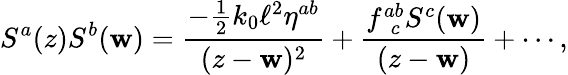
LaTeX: S^{a}(z)S^{b}(\mathbf{w})=\frac{{-\frac{{1}}{{2}}k_{0}\ell^{2}\eta^{ab}}}{{(z-\mathbf{w})^{2}}}+\frac{{f_{~~c}^{ab}S^{c}(\mathbf{w})}}{{(z-\mathbf{w})}}+\cdots,